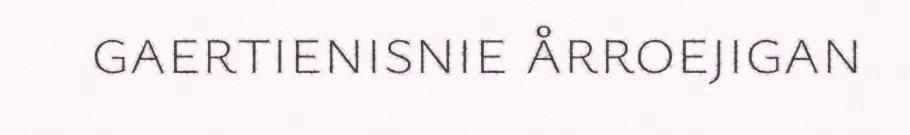
gaertienisnie årroejigan